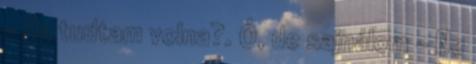
- Ha tudtam volna?. Ó, de sajnálom - Ne